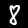
Digit: 8